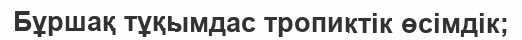
Бұршақ тұқымдас тропиктік өсімдік;